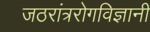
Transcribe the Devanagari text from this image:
जठरांत्ररोगविज्ञानी